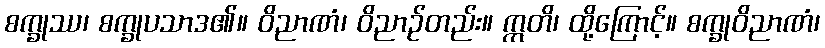
စက္ခုဿ၊ စက္ခုပသာဒ၏။ ဝိညာဏံ၊ ဝိညာဉ်တည်း။ ဣတိ၊ ထို့ကြောင့်။ စက္ခုဝိညာဏံ၊